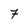
Character: 7